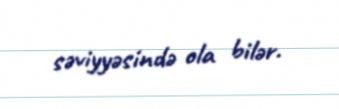
səviyyəsində ola bilər.